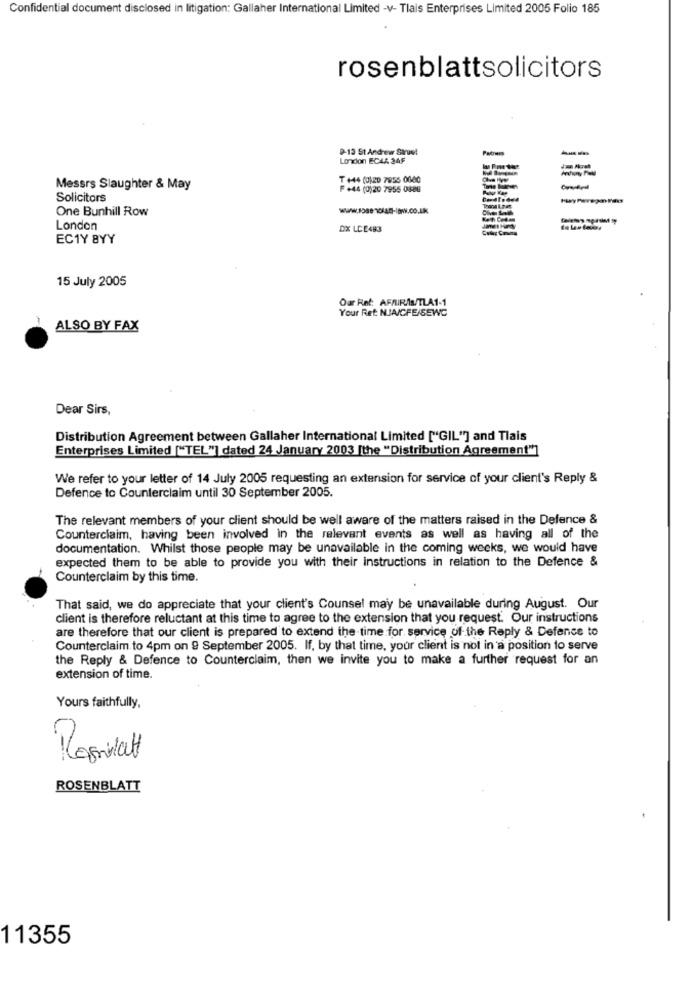
Confidential document disclosed in litigation: Gallaher International Limited -v- Tlais Enterprises Limited 2005 Folio 185
rosenblattsolicitors
9-13 St Andrew Strust
--
Lonxion ECLA 3AF
T +44 (0)20 7855 0600
Messrs Slaughter & May
F +44 (0)20 7955 0886
Solicitors
One Bunhill Row
London
DX LCE483
EC1Y BYY
15 July 2005
Our Ret: AFMIR/s/TLA1-1
Your Ret NJAICFE/SEWC
ALSO BY FAX
Dear Sirs,
Distribution Agreement between Gallaher International Limited ["GIL"] and Tlais
Enterprises Limited ["TEL"] dated 24 January 2003 [the "Distribution Agreement"]
We refer to your letter of 14 July 2005 requesting an extension for service of your client's Reply &
Defence to Counterclaim until 30 September 2005.
The relevant members of your client should be well aware of the matters raised in the Defence &
Counterclaim, having been involved in the relevant events as well as having all of the
documentation. Whilst those people may be unavailable in the coming weeks, we would have
expected them to be able to provide you with their instructions in relation to the Defence &
Counterclaim by this time.
That said, we do appreciate that your client's Counsel may be unavailable during August. Our
client is therefore reluctant at this time to agree to the extension that you request. Our instructions
are therefore that our client is prepared to extend the time for service of the Reply & Defence to
Counterclaim to 4pm on 9 September 2005. If, by that time, your client is not in a position to serve
the Reply & Defence to Counterclaim, then we invite you to make a further request for an
extension of time.
Yours faithfully,
C-
ROSENBLATT
11355